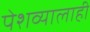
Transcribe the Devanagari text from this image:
पेशव्यालाही